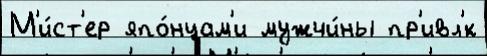
М'и́ст'ер япо́нцам'и мужчи́ны пр'ивл'́к